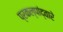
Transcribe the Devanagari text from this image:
प्रकल्पांद्वारे